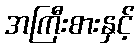
အကြီးစားနှင့်